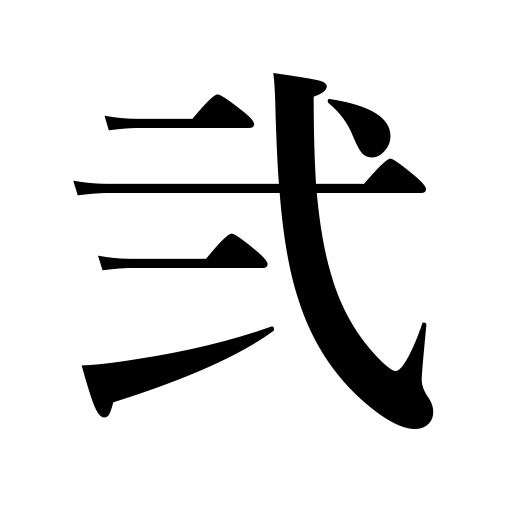
Meanings: two,second